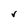
Character: V